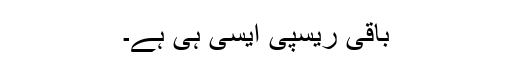
باقی ریسپی ایسی ہی ہے۔